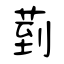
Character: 菿